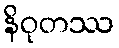
နိဝုတဿ